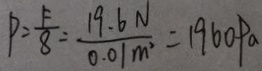
P = \frac { F } { 8 } = \frac { 1 9 . 6 N } { 0 . 0 1 m ^ { 2 } } = 1 9 6 0 P a